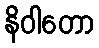
နိဝါတော